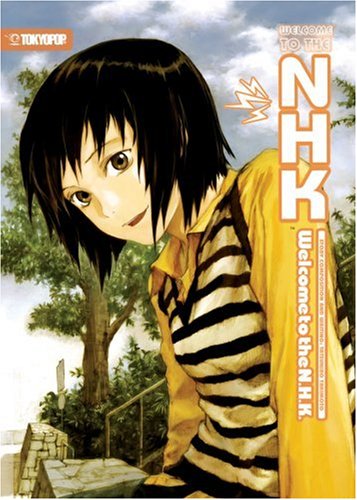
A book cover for Welcome to the NHK (Novel); Tatsuhiko Takimoto; Science Fiction & Fantasy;